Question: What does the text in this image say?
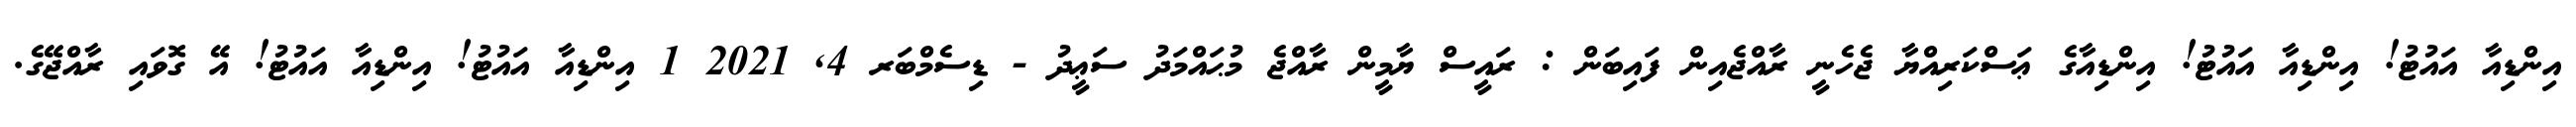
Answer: އިންޑިއާ އައުޓު! އިންޑިއާ އައުޓު! އިންޑިއާގެ ޢަސްކަރިއްޔާ ޖެހެނީ ރާއްޖެއިން ފައިބަން : ރައީސް ޔާމީން ރާއްޖެ މުޙައްމަދު ސަޢީދު - ޑިސެމްބަރ 4, 2021 1 އިންޑިއާ އައުޓު! އިންޑިއާ އައުޓު! އޭ ގޮވައި ރާއްޖޭގެ.